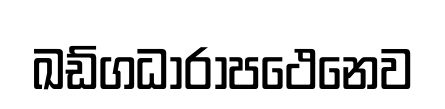
ඛඩ්ගධාරාපථෙනෙව